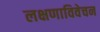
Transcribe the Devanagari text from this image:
लक्षणाविवेचन